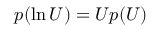
p ( \ln U ) = U p ( U )